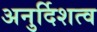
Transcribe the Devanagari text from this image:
अनुर्दिशत्व